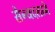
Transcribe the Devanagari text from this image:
सैन्यदलाने